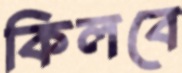
কিলবে